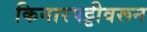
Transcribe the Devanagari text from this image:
किनारपट्टीवरून